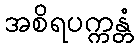
အစိရပက္ကန္တံ